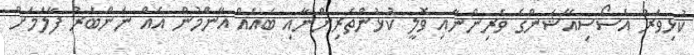
ކުޅިވަރު އެސޯސިއޭޝަންގެ ވެރިންނާއި ވޮލީ ކުޅުންތެރިންނާއި ބައެއް އާންމުން އެއް ނަންބަރު ފާލަމަށް